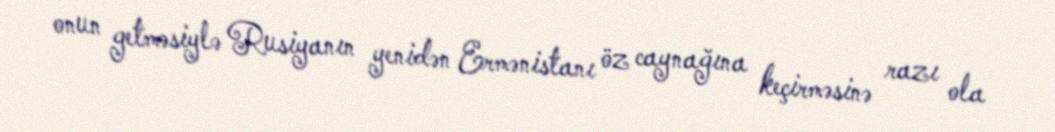
onun getməsiylə Rusiyanın yenidən Ermənistanı öz caynağına keçirməsinə razı ola